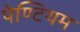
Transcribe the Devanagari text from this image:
पेण्टियम